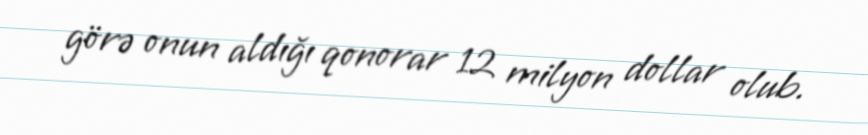
görə onun aldığı qonorar 12 milyon dollar olub.